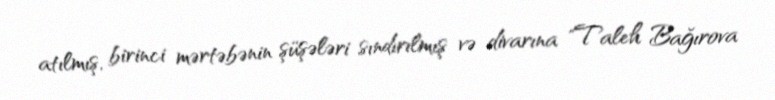
atılmış, birinci mərtəbənin şüşələri sındırılmış və divarına "Taleh Bağırova